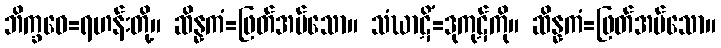
ဘိက္ခဝေ=ရဟန်းတို့။ ဆိန္နကံ=ဖြတ်အပ်သော။ သံဃာဋိံ=ဒုကုဋ်ကို။ ဆိန္နကံ=ဖြတ်အပ်သော။